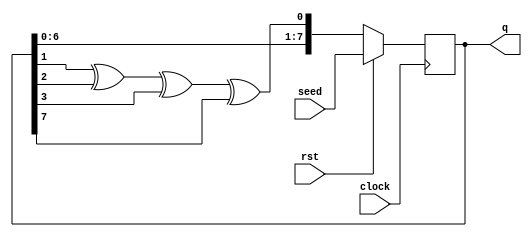
`timescale 1ns / 1ps
//////////////////////////////////////////////////////////////////////////////////
// Company: 
// Engineer: 
// 
// Design Name: 
// Module Name: lsfr
// Project Name: 
// Target Devices: 
// Tool Versions: 
// Description: 
// 
// Dependencies: 
// 
// Revision:
// Revision 0.01 - File Created
// Additional Comments:
// 
//////////////////////////////////////////////////////////////////////////////////

module lfsr (output reg [7:0]q, input [7:0]seed, input rst, input clock);
wire din;
assign din = q[1]^q[2]^q[3]^q[7];
always@(posedge clock)
begin

if(~rst)
begin
q<={q[6:0],din};
end
else
begin
q<=seed;
end

end


endmodule